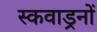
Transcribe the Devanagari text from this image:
स्कवाड्रनों